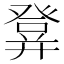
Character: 𤼷